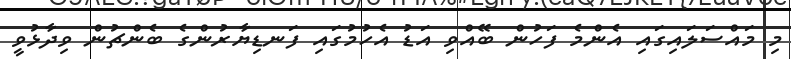
މި މައްސަލައިގައި އެންމެ ފަހުން ބޭއްވި އަޑު އެހުމުގައި ފަނޑިޔާރުންގެ ބެންޗުން ވިދާޅުވީ